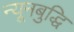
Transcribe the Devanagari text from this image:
न्यूनबुद्धि